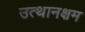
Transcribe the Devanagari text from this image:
उत्थानक्षम